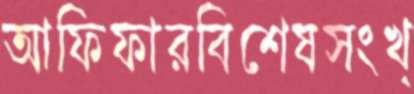
আফিফারবিশেষসংখ্